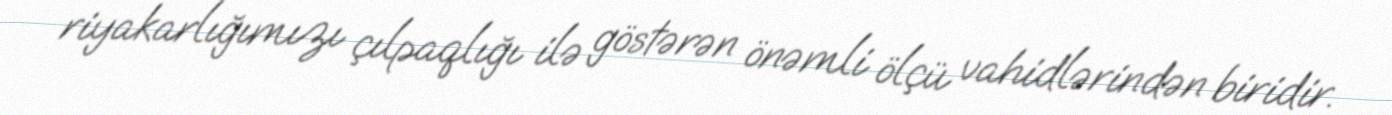
riyakarlığımızı çılpaqlığı ilə göstərən önəmli ölçü vahidlərindən biridir.